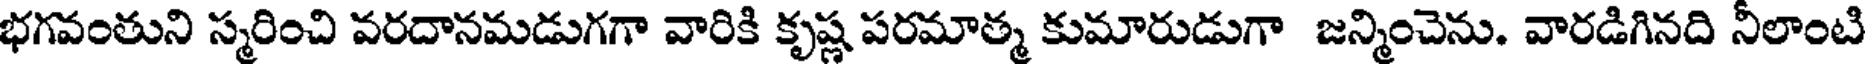
భగవంతుని స్మరించి వరదానమడుగగా వారికి కృష్ణ పరమాత్మ కుమారుడుగా జన్మించెను. వారడిగినది నీలాంటి